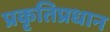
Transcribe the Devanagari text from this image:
प्रकृतिप्रधान